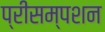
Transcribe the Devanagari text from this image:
प्रीसम्पशन